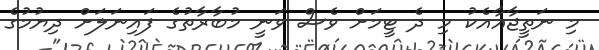
މި ނަތީޖާއާއެކު މި ދެ ޓީމަށް ވެސް ވަނީ މުބާރާތުގެ ފައިނަލަށް ދިޔުމުގެ